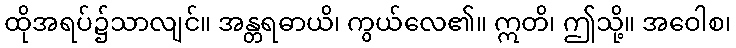
ထိုအရပ်၌သာလျင်။ အန္တရဓာယိ၊ ကွယ်လေ၏။ ဣတိ၊ ဤသို့။ အဝေါစ၊